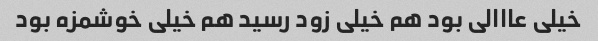
خیلی عااالی بود هم خیلی زود رسید هم خیلی خوشمزه بود